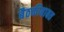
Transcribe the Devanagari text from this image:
बैठकीबाबत